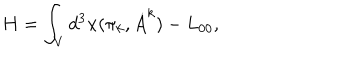
LaTeX: H = \int _ { V } d ^ { 3 } { \bf x } ( \pi _ { k } , \dot { A } ^ { k } ) - L _ { 0 0 } ,